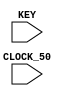
module looptest (CLOCK_50, KEY);
	input [3:0] KEY; 
	input CLOCK_50;
	lower l1(.clock(CLOCK_50), .start(KEY[1]));
endmodule 

module lower(clock, start);
input clock;
input start;

reg [15:0] address_count_reg = 0;
reg [11:0] clk_count = 0;
//reg [10:0] pulse_count;
//reg [15:0] output_counter = 0;

always @(posedge clock) begin
//		if (address_count_reg == 16'd3) begin
//			address_count_reg <= 16'b0;
//		end
		
		if (clk_count == 12'd4) begin
			address_count_reg <= address_count_reg + 1'b1;
			clk_count <= 12'b0;
			
			if (address_count_reg == 16'd3) begin
				address_count_reg <= 16'b0;
			end
			
		end
		
		else begin
			address_count_reg <= address_count_reg + 1'b0;
			clk_count <= clk_count + 12'b1;
		end
	end
endmodule

//always @(posedge clock)begin
//	//if (~start)  pulse_count <= 12'b0;
//	
//	if(address_count_reg == 16'd4) begin
//			address_count_reg <= 16'b0;
//			output_counter <= 16'b0;
//	end
//	
//	if(clk_count == 12'd2)  begin
//		address_count_reg <= address_count_reg + 1'b0; //send in the same address
//		output_counter <= address_count_reg;
//	end
//	
//	if (clk_count == 12'd4) begin
//		address_count_reg <= address_count_reg + 1'b1;
//		output_counter <= address_count_reg;
//		clk_count <= 12'b0;
//	end
//	
//	else begin
//		output_counter <= 16'b0;
//		clk_count <= clk_count + 12'b1;
//	end
//end